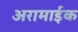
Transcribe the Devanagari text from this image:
अरामाईक